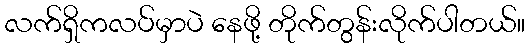
လက်ရှိကလပ်မှာပဲ နေဖို့ တိုက်တွန်းလိုက်ပါတယ်။